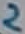
Text: 2